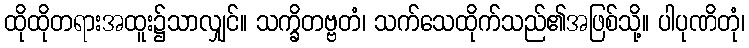
ထိုထိုတရားအထူး၌သာလျှင်။ သက္ခိတဗ္ဗတံ၊ သက်သေထိုက်သည်၏အဖြစ်သို့။ ပါပုဏိတုံ၊